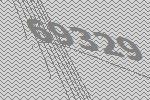
69329